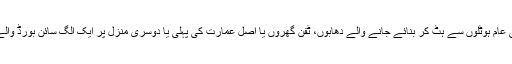
اس بر عکس کلیانی بریانی عام ہوٹلوں سے ہٹ کر بنائے جانے والے دھابوں، ٹفن گھروں یا اصل عمارت کی پہلی یا دوسری منزل پر ایک الگ سائن بورڈ والے سیکشن میں دستیاب ہے۔